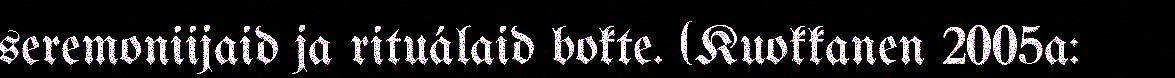
seremoniijaid ja rituálaid bokte. (Kuokkanen 2005a: